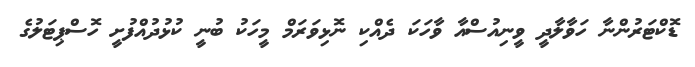
ޑޮކްޓަރުންނާ ހަވާލާދީ ވީނިއުސްއާ ވާހަކަ ދެއްކި ނޮޅިވަރަމް މީހަކު ބުނީ ކުޅުދުއްފުށީ ހޮސްޕިޓަލުގެ